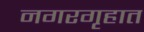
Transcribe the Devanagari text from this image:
नगरगृहात